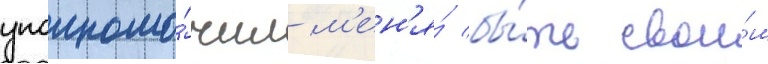
уполномо́чил м'ен'я́ бы́ть свои́м